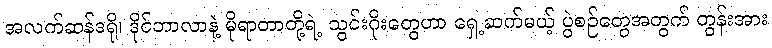
အလက်ဆန်ဒရို၊ ဒိုင်ဘာလာနဲ့ မိုရာတာတို့ရဲ့ သွင်းဂိုးတွေဟာ ရှေ့ဆက်မယ့် ပွဲစဉ်တွေအတွက် တွန်းအား